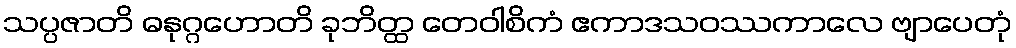
သပ္ပဇာတိ ဓနုဂ္ဂဟောတိ ခုဘိတ္ထ တေဝါစိကံ ဧကာဒသဝဿကာလေ ဗျာပေတုံ